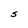
Character: S